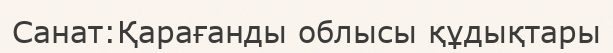
Санат:Қарағанды облысы құдықтары